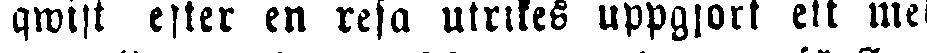
qwist efter en resa utrikes uppgjort ett me